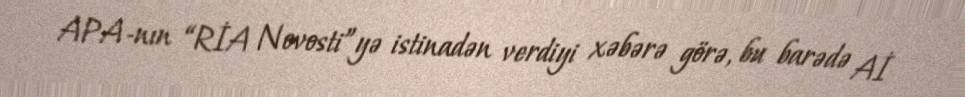
APA-nın “RİA Novosti”yə istinadən verdiyi xəbərə görə, bu barədə Aİ